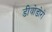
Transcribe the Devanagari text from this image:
डीयोडोरो